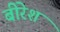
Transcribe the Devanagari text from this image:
बीरेश